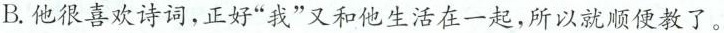
B.他很喜欢诗词，正好”我”又和他生活在一起，所以就顺便教了。